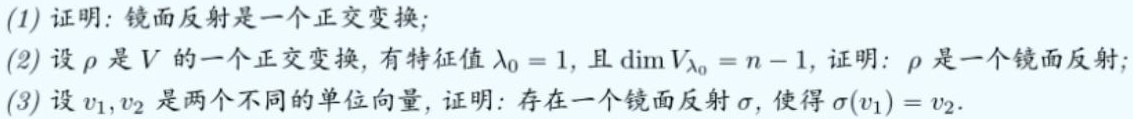
(1) 证明：镜面反射是一个正交变换；
(2) 设$\rho$是$V$的一个正交变换，有特征值$\lambda_0 = 1$，且$\dim V_{\lambda_0}=n - 1$，证明：$\rho$是一个镜面反射；
(3) 设$v_1,v_2$是两个不同的单位向量，证明：存在一个镜面反射$\sigma$，使得$\sigma(v_1)=v_2$.